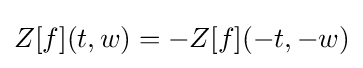
Z[f](t,w)=-Z[f](-t,-w)